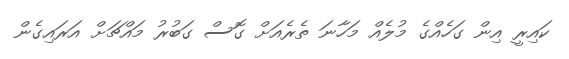
ކައިރީ އިން ގަހެއްގެ މުލެއް މަހާނަ ތެރެއަށް ގޮސް ގަބުރު މައްޗަށް އަރައިގެން